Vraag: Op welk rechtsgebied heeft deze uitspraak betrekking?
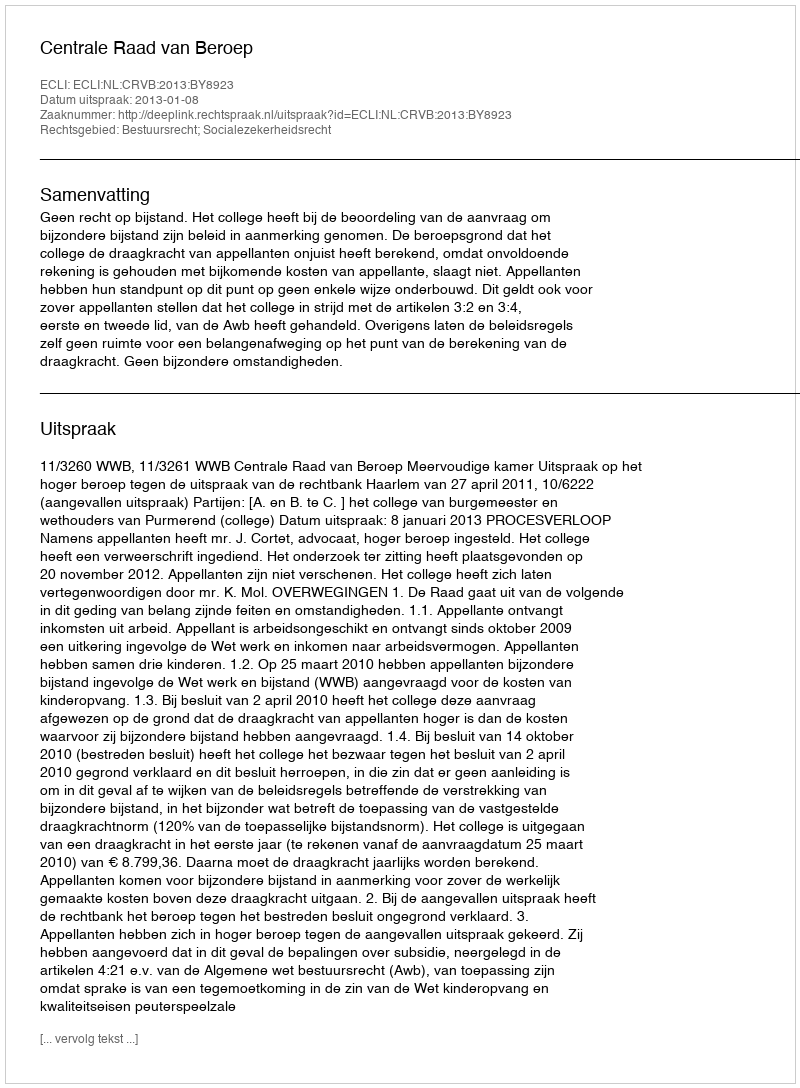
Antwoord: Bestuursrecht; Socialezekerheidsrecht